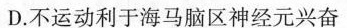
D.不运动利于海马脑区神经元兴奋